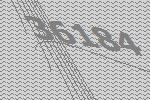
36184